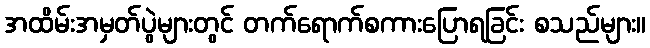
အထိမ်းအမှတ်ပွဲများတွင် တက်ရောက်စကားပြောရခြင်း စသည်များ။